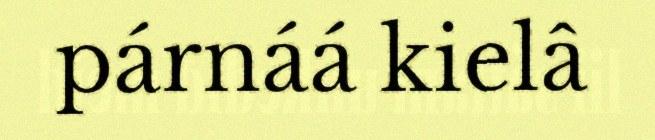
párnáá kielâ